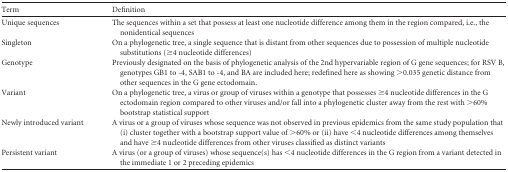
<table><thead><tr><td><b>Term</b></td><td><b>Definition</b></td></tr></thead><tbody><tr><td>Unique sequences</td><td>The sequences within a set that possess at least one nucleotide difference among them in the region compared, i.e., the nonidentical sequences</td></tr><tr><td>Singleton</td><td>On a phylogenetic tree, a single sequence that is distant from other sequences due to possession of multiple nucleotide substitutions (≥4 nucleotide differences)</td></tr><tr><td>Genotype</td><td>Previously designated on the basis of phylogenetic analysis of the 2nd hypervariable region of G gene sequences; for RSV B, genotypes GB1 to -4, SAB1 to -4, and BA are included here; redefined here as showing &gt;0.035 genetic distance from other sequences in the G gene ectodomain.</td></tr><tr><td>Variant</td><td>On a phylogenetic tree, a virus or group of viruses within a genotype that possesses ≥4 nucleotide differences in the G ectodomain region compared to other viruses and/or fall into a phylogenetic cluster away from the rest with &gt;60% bootstrap statistical support</td></tr><tr><td>Newly introduced variant</td><td>A virus or a group of viruses whose sequence was not observed in previous epidemics from the same study population that (i) cluster together with a bootstrap support value of &gt;60% or (ii) have &lt;4 nucleotide differences among themselves and have ≥4 nucleotide differences from other viruses classified as distinct variants</td></tr><tr><td>Persistent variant</td><td>A virus (or a group of viruses) whose sequence(s) has &lt;4 nucleotide differences in the G region from a variant detected in the immediate 1 or 2 preceding epidemics</td></tr></tbody></table>